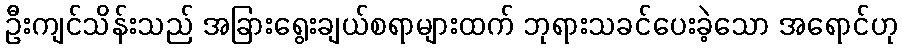
ဦးကျင်သိန်းသည် အခြားရွေးချယ်စရာများထက် ဘုရားသခင်ပေးခဲ့သော အရောင်ဟု